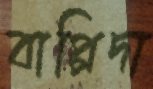
বাপ্পিদা